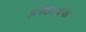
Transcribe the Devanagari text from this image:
प्रच्छादक